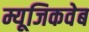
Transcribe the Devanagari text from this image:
म्यूजिकवेब